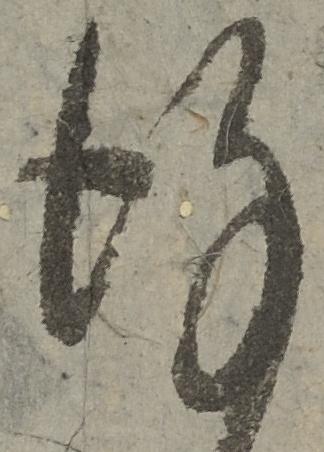
謹